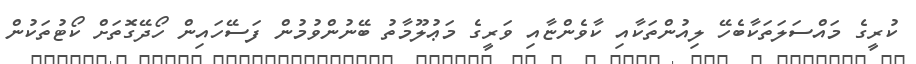
ކުރީގެ މައްސަލަތަކާބެހޭ ލިއުންތަކާއި ކާވެންޏާއި ވަރީގެ މަޢުލޫމާތު ބޭނުންވުމުން ފަސޭހައިން ހޯދޭގޮތަށް ކޯޓުތަކުން